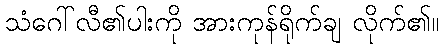
သံဂေါ်လီ၏ပါးကို အားကုန်ရိုက်ချ လိုက်၏။